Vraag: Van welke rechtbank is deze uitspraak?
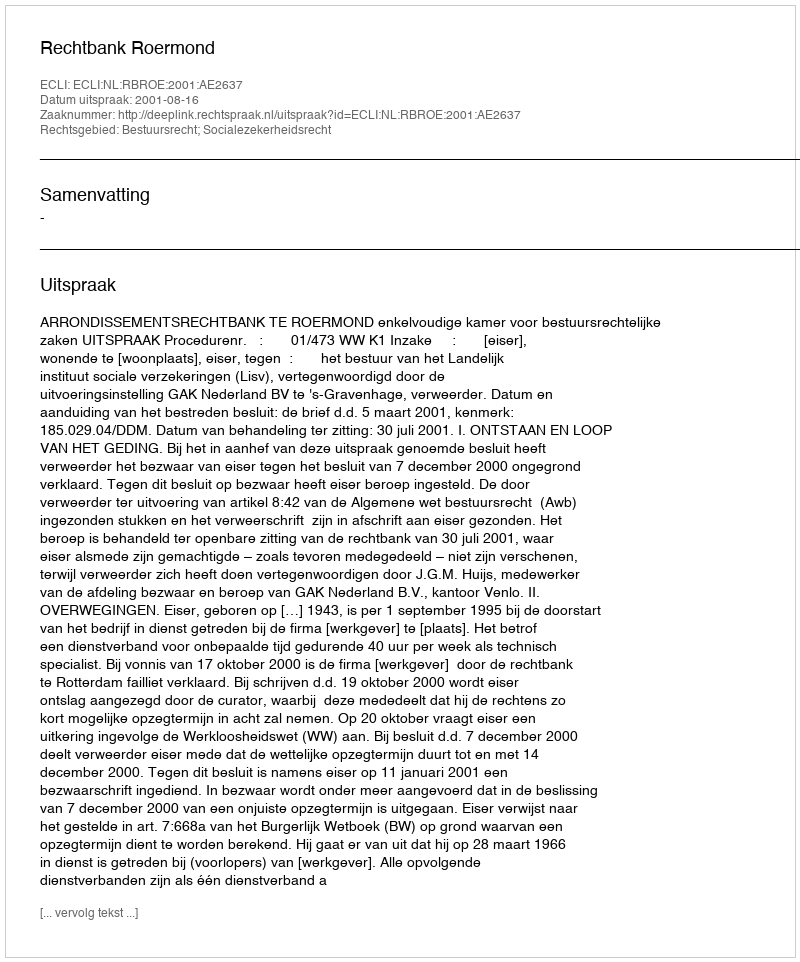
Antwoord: Rechtbank Roermond